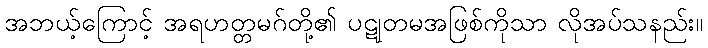
အဘယ့်ကြောင့် အရဟတ္တမဂ်တို့၏ ပဋုတမအဖြစ်ကိုသာ လိုအပ်သနည်း။